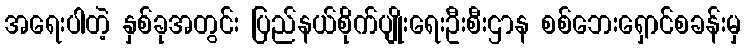
အရေးပါတဲ့ နှစ်ခုအတွင်း ပြည်နယ်စိုက်ပျိုးရေးဦးစီးဌာန စစ်ဘေးရှောင်စခန်းမှ